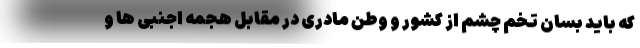
که باید بسان تخم چشم از کشور و وطن مادری در مقابل هجمه اجنبی ها و